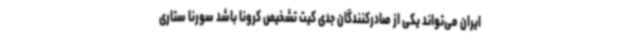
ایران می‌تواند یکی از صادرکنندگان جدی کیت تشخیص کرونا باشد سورنا ستاری